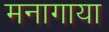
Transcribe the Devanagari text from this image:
मनागाया